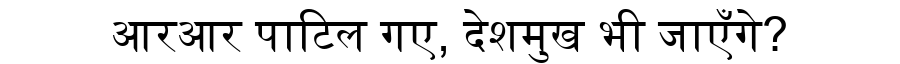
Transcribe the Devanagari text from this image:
आरआर पाटिल गए, देशमुख भी जाएँगे?